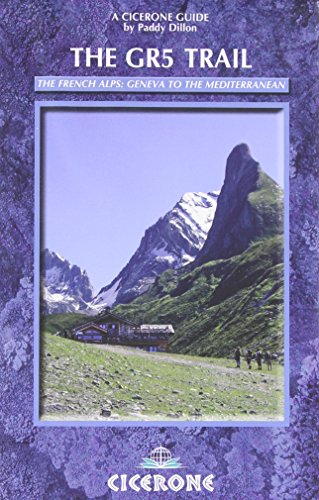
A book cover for The GR5 Trail: Through the French Alps: Lake Geneva to Nice (Cicerone Guides); Paddy Dillon; Sports & Outdoors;